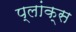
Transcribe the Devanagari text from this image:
प्लांक्स